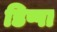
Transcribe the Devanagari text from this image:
डिप्पा